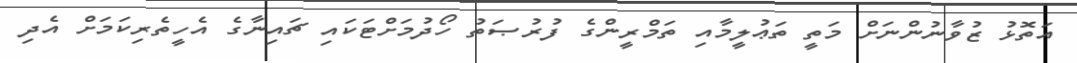
އަތޮޅު ޒުވާނުންނަށް މަތީ ތަޢުލީމާއި ތަމްރީންގެ ފުރުޞަތު ހޯދުމަށްޓަކައި ޗައިނާގެ އެހީތެރިކަމަށް އެދި